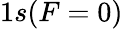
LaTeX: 1s(F=0)